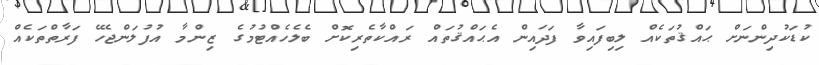
ކުޑަކުދިންނަށް ޙައްޤުތަކެއް ލިބިފައިވާ ފަދައިން އެޙައްޤުތައް ރައްކާތެރިކޮށް ބެލެހެއްޓުމުގެ ޒިންމާ އުފުލަންޖެހޭ ފަރާތްތަކެއް